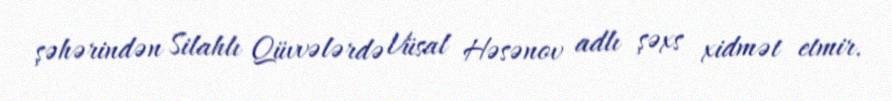
şəhərindən Silahlı Qüvvələrdə Vüsal Həsənov adlı şəxs xidmət etmir.